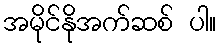
အမိုင်နိုအက်ဆစ် ပါ။